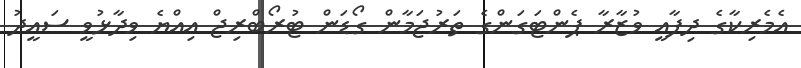
އެމެރިކާގެ ދިފާއީ ވުޒާރާ ޕެންޓަގަންގެ ތަރުޖަމާން ގޯޑަން ޓުރޯބްރިޖް އިއްޔެ ވިދާޅުވީ ސައީދު